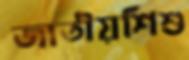
জাতীয়শিশু